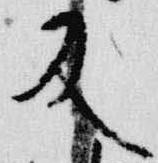
及